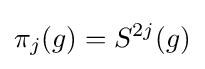
\pi _{j}(g)=S^{2j}(g)